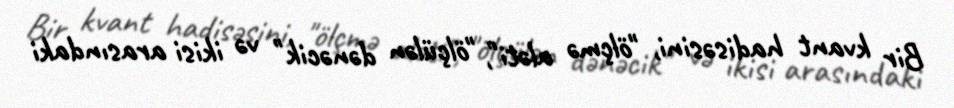
Bir kvant hadisəsini, "ölçmə aləti", "ölçülən dənəcik" və ikisi arasındaki